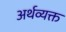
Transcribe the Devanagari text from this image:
अर्थव्यक्त